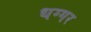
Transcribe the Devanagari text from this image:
धग्गर